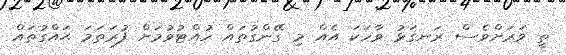
ތީ ވަރަށްވެސް ރަނގަޅު ވާހަކަ އެއް މި ގޭންގުތައް ހުއްޓުވުމަށް ފުރަތަމަ ޙައްގުތައް